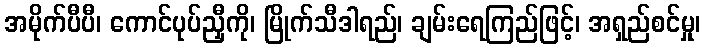
အမိုက်ပီပီ၊ ကောင်ပုပ်ညှီကို၊ မြိုက်သီဒါရည်၊ ချမ်းရေကြည်ဖြင့်၊ အရှည်စင်မှု၊